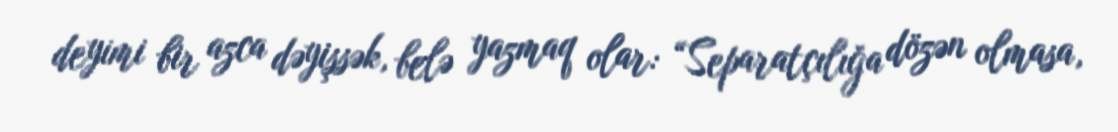
deyimi bir azca dəyişsək, belə yazmaq olar: “Separatçılığa dözən olmasa,